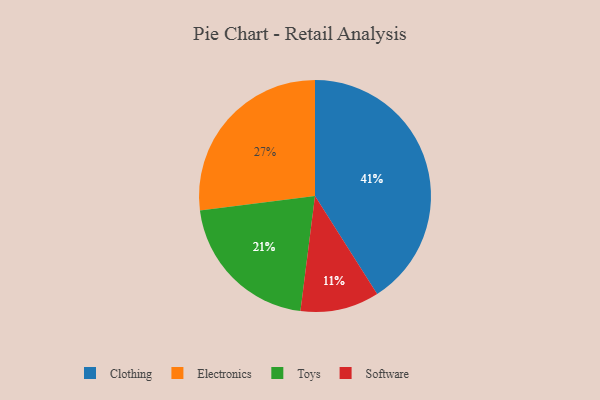
{"axis": {"x": "Category", "y": "Percentage"}, "legend": ["Clothing", "Electronics", "Software", "Toys"], "data": [{"x": "Toys", "y": 21, "type": "Toys"}, {"x": "Software", "y": 11, "type": "Software"}, {"x": "Electronics", "y": 27, "type": "Electronics"}, {"x": "Clothing", "y": 41, "type": "Clothing"}]}